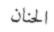
الحنان